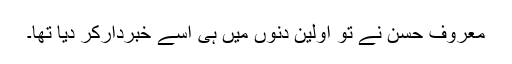
معروف حسن نے تو اولین دِنوں میں ہی اسے خبردارکر دیا تھا۔